Report of the Municipal Commissioner on the plague in Bombay for the year ending 31st May... - Volume 1
Disease focus: Plague
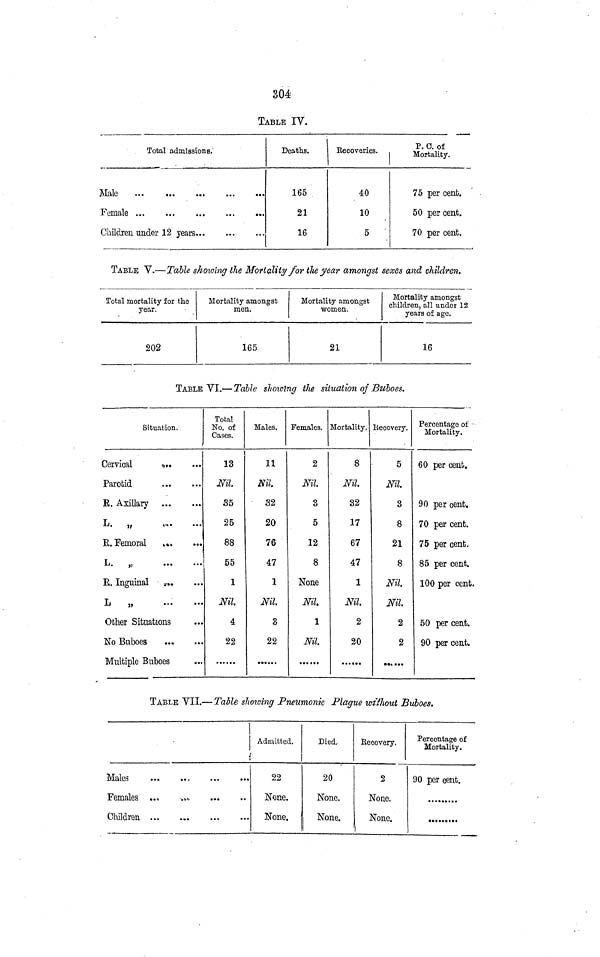
304
TABLE IV.
Total admissions.
Male
Female
Children under 12 years...
Deaths.
165
21
16
Recoveries.
40
10
5
P. C. of
Mortality.
75 per cent.
50 per cent.
70 per cent.
TABLE V.—Table showing the Mortality for the year amongst sexes and children.
Total mortality for the
year.
202
Mortality amongst
men.
165
Mortality amongst
women.
21
Mortality amongst
children, all under 12
years of age.
16
TABLE VI.— Table showing the situation of Buboes.
Situation.
Cervical
Parotid
E. Axillary
k.
n
R. Femoral
L.
„
R. Inguinal
L
„
Other Situations
No Buboes
Multiple Buboes
Total
No. of
Cases.
13
Nil.
35
25
88
55
1
Nil
4
22
Males.
11
Nil.
32
20
76
47
1
Nil
3
22
Females.
2
Nil
3
5
12
8
None
Nil.
1
Nil.
Mortality.
8
Nil
32
17
67
47
1
Nil
2
20
Recovery.
5
Nil
3
8
21
8
Nil
Nil.
2
2
Percentage oí
Mortality.
60 per cent.
90 per cent.
70 per cent.
75 per cent.
85 per cent.
100 per cent.
50 per cent.
90 per cent.
TABLE VII.— Table showing Pneumonic Plague without Buboes.
Males
Females ...
Children ...
...
Admitted.
22
None.
None.
Died.
20
None.
None.
Eecovery.
2
None.
None.
Percentage of
Mortality.
90 per cent.